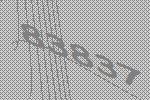
83837